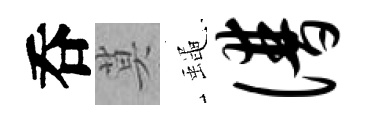
呑莫蠅谱